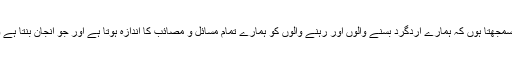
میں آج تک یہی سمجھتا رہااور سمجھتا ہوں کہ ہمارے اردگرد بسنے والوں اور رہنے والوں کو ہمارے تمام مسائل و مصائب کا اندازہ ہوتا ہے اور جو انجان بنتا ہے وہ جان بوجھ کر مکر بھرتا ہے۔